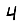
Digit: 4